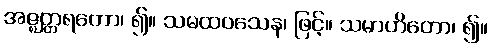
အဇ္ဈတ္တရတော၊ ၍။ သမထဝသေန၊ ဖြင့်။ သမာဟိတော၊ ၍။